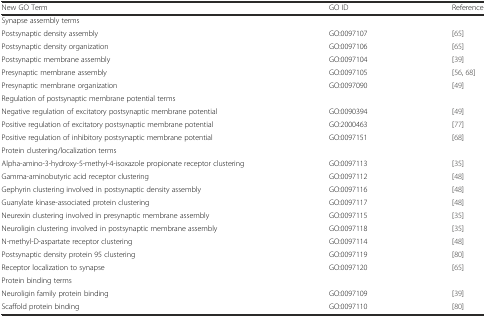
<table><thead><tr><td><b>New GO Term</b></td><td><b>GO ID</b></td><td><b>Reference</b></td></tr></thead><tbody><tr><td colspan="3">Synapse assembly terms</td></tr><tr><td>Postsynaptic density assembly</td><td>GO:0097107</td><td>[65]</td></tr><tr><td>Postsynaptic density organization</td><td>GO:0097106</td><td>[65]</td></tr><tr><td>Postsynaptic membrane assembly</td><td>GO:0097104</td><td>[39]</td></tr><tr><td>Presynaptic membrane assembly</td><td>GO:0097105</td><td>[56, 68]</td></tr><tr><td>Presynaptic membrane organization</td><td>GO:0097090</td><td>[49]</td></tr><tr><td colspan="3">Regulation of postsynaptic membrane potential terms</td></tr><tr><td>Negative regulation of excitatory postsynaptic membrane potential</td><td>GO:0090394</td><td>[49]</td></tr><tr><td>Positive regulation of excitatory postsynaptic membrane potential</td><td>GO:2000463</td><td>[77]</td></tr><tr><td>Positive regulation of inhibitory postsynaptic membrane potential</td><td>GO:0097151</td><td>[68]</td></tr><tr><td colspan="3">Protein clustering/localization terms</td></tr><tr><td>Alpha-amino-3-hydroxy-5-methyl-4-isoxazole propionate receptor clustering</td><td>GO:0097113</td><td>[35]</td></tr><tr><td>Gamma-aminobutyric acid receptor clustering</td><td>GO:0097112</td><td>[48]</td></tr><tr><td>Gephyrin clustering involved in postsynaptic density assembly</td><td>GO:0097116</td><td>[48]</td></tr><tr><td>Guanylate kinase-associated protein clustering</td><td>GO:0097117</td><td>[48]</td></tr><tr><td>Neurexin clustering involved in presynaptic membrane assembly</td><td>GO:0097115</td><td>[35]</td></tr><tr><td>Neuroligin clustering involved in postsynaptic membrane assembly</td><td>GO:0097118</td><td>[35]</td></tr><tr><td>N-methyl-D-aspartate receptor clustering</td><td>GO:0097114</td><td>[48]</td></tr><tr><td>Postsynaptic density protein 95 clustering</td><td>GO:0097119</td><td>[80]</td></tr><tr><td>Receptor localization to synapse</td><td>GO:0097120</td><td>[65]</td></tr><tr><td colspan="3">Protein binding terms</td></tr><tr><td>Neuroligin family protein binding</td><td>GO:0097109</td><td>[39]</td></tr><tr><td>Scaffold protein binding</td><td>GO:0097110</td><td>[80]</td></tr></tbody></table>